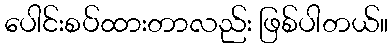
ပေါင်းစပ်ထားတာလည်း ဖြစ်ပါတယ်။